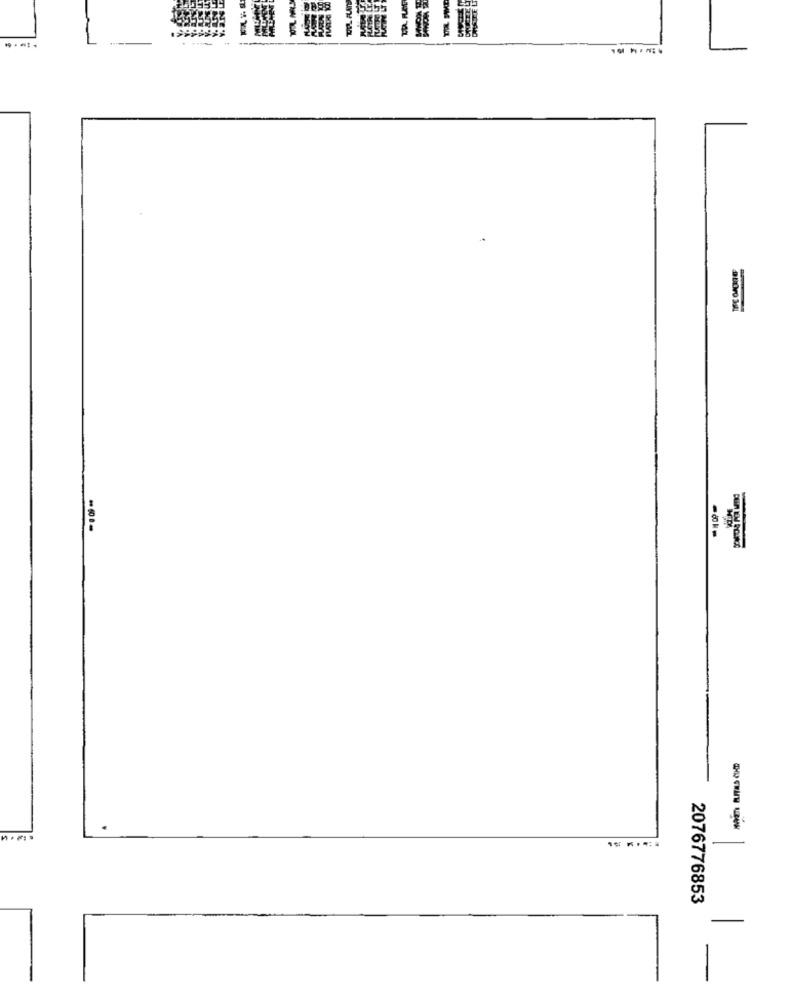
-
2076776853
-